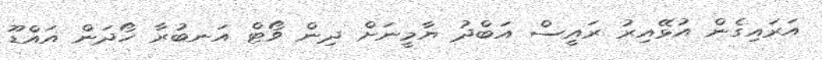
އަރައިގެން އުޅޭއިރު ރައީސް އަބްދު ޔާމީނަށް ދިން ވޯޓް އަނބުރާ ހޯދަން އައްޑޫ